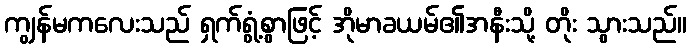
ကျွန်မကလေးသည် ရှက်ရွံ့စွာဖြင့် အိုမာခယမ်၏အနီးသို့ တိုး သွားသည်။